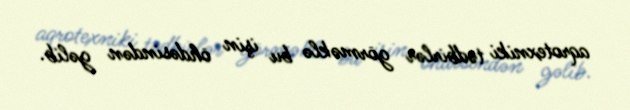
aqrotexniki tədbirlər görməklə bu işin öhdəsindən gəlib.